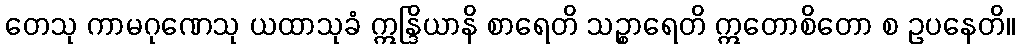
တေသု ကာမဂုဏေသု ယထာသုခံ ဣန္ဒြိယာနိ စာရေတိ သဉ္စာရေတိ ဣတောစိတော စ ဥပနေတိ။